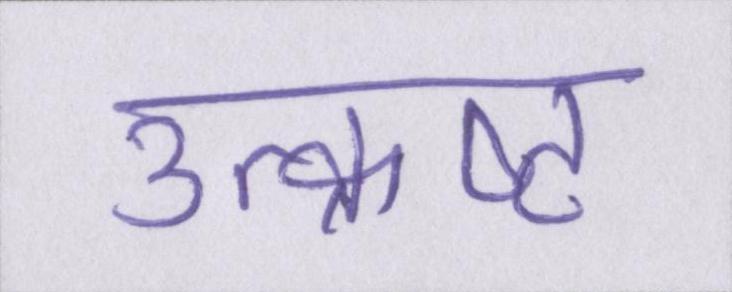
उत्क्रष्ट